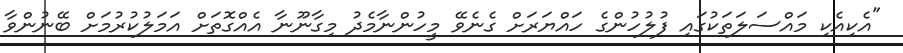
"އެކިއެކި މައްސަލަތަކުގައި ފުލުހުންގެ ހައްޔަރަށް ގެނެވޭ މީހުންނާމެދު މިގާނޫނާ އެއްގޮތަށް އަމަލުކުރުމަށް ބޭނުންވާ